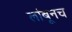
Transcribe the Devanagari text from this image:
लांबूनच